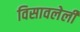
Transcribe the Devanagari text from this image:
विसावलेली